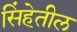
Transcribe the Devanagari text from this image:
सिंहेतील